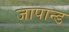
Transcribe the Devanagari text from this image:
जापान्ड